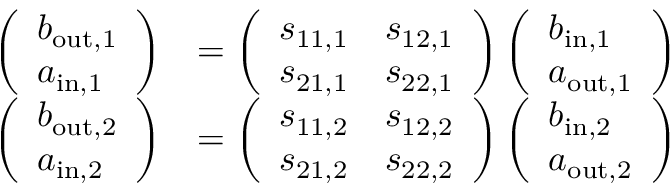
\begin{array} { r l } { \left( \begin{array} { l } { b _ { \mathrm { o u t , 1 } } } \\ { a _ { \mathrm { i n , 1 } } } \end{array} \right) } & { = \left( \begin{array} { l l } { s _ { 1 1 , 1 } } & { s _ { 1 2 , 1 } } \\ { s _ { 2 1 , 1 } } & { s _ { 2 2 , 1 } } \end{array} \right) \left( \begin{array} { l } { b _ { \mathrm { i n , 1 } } } \\ { a _ { \mathrm { o u t , 1 } } } \end{array} \right) } \\ { \left( \begin{array} { l } { b _ { \mathrm { o u t , 2 } } } \\ { a _ { \mathrm { i n , 2 } } } \end{array} \right) } & { = \left( \begin{array} { l l } { s _ { 1 1 , 2 } } & { s _ { 1 2 , 2 } } \\ { s _ { 2 1 , 2 } } & { s _ { 2 2 , 2 } } \end{array} \right) \left( \begin{array} { l } { b _ { \mathrm { i n , 2 } } } \\ { a _ { \mathrm { o u t , 2 } } } \end{array} \right) } \end{array}